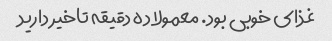
غذای خوبی بود. معمولا ده دقیقه تاخیر دارید